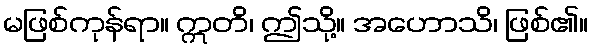
မဖြစ်ကုန်ရာ။ ဣတိ၊ ဤသို့။ အဟောသိ၊ ဖြစ်၏။